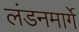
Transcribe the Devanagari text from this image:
लंडनमार्गे